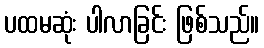
ပထမဆုံး ပါလာခြင်း ဖြစ်သည်။